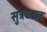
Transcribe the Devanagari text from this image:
सुत्रकाल